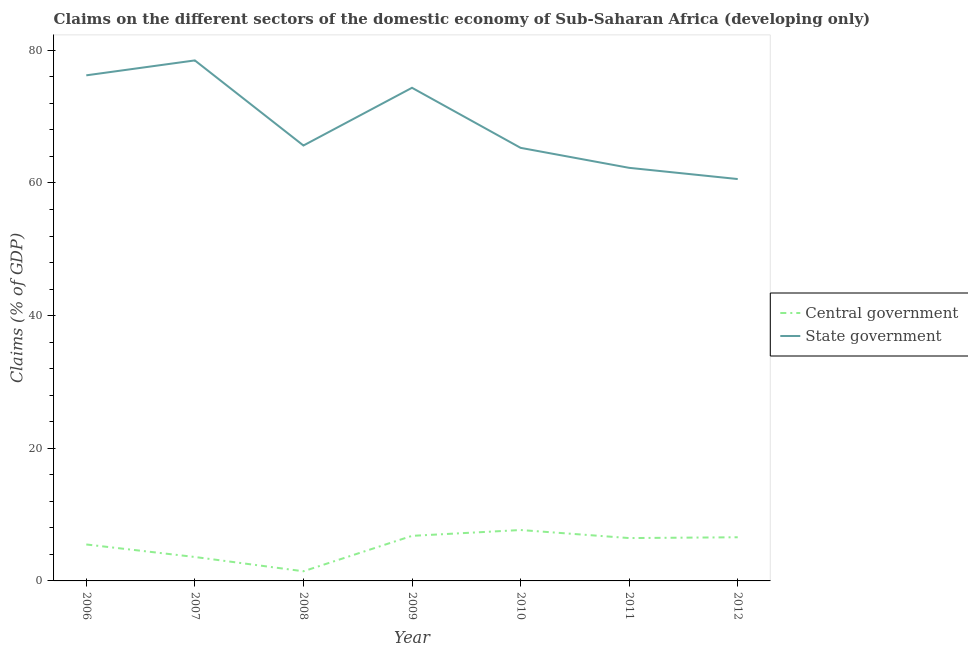
| Year | Central government | State government |
 | --- | --- | --- |
 | 2006 | 5.5 | 76.2 |
 | 2007 | 3.61 | 78.5 |
 | 2008 | 1.46 | 65.7 |
 | 2009 | 6.8 | 74.4 |
 | 2010 | 7.68 | 65.3 |
 | 2011 | 6.46 | 62.3 |
 | 2012 | 6.58 | 60.6 |